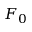
F _ { 0 }